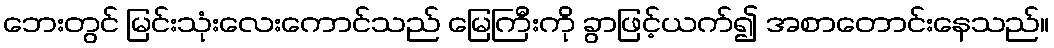
ဘေးတွင် မြင်းသုံးလေးကောင်သည် မြေကြီးကို ခွာဖြင့်ယက်၍ အစာတောင်းနေသည်။